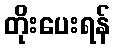
တိုးပေးရန်